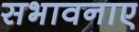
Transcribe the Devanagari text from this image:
सभावनाए